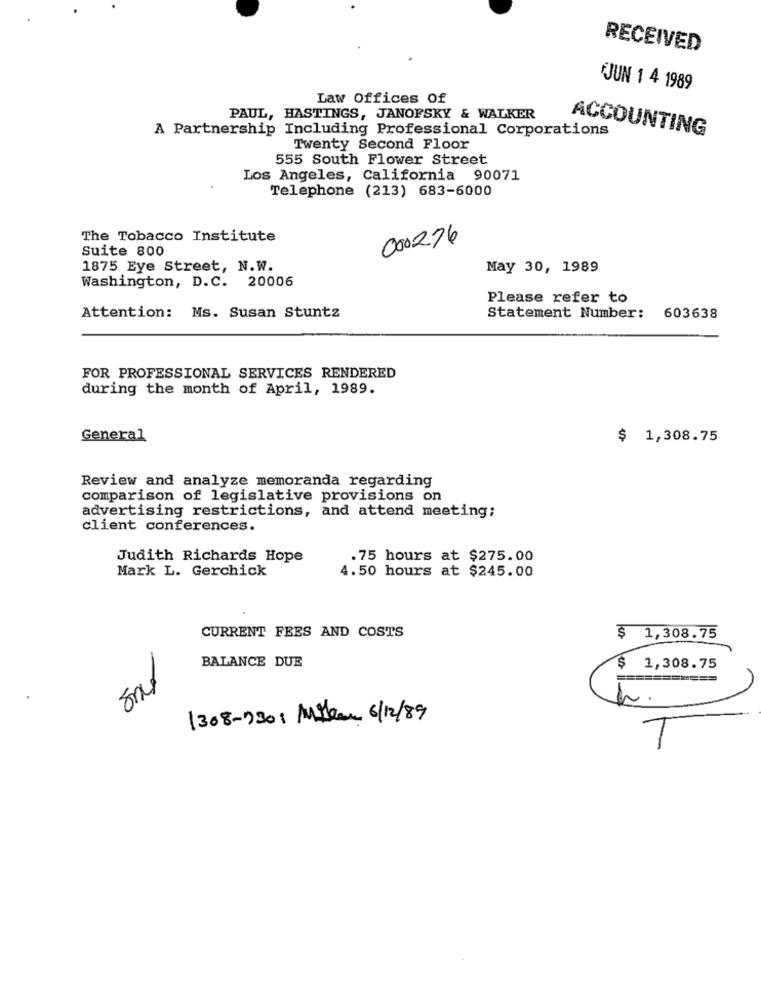
RECEIVED
JUN 1 4 1989
Law Offices Of
PAUL, HASTINGS, JANOFSKY & WALKER
A Partnership Including Professional Corporations
ACCOUNTING
Twenty Second Floor
555 South Flower Street
Los Angeles, California 90071
Telephone (213) 683-6000
The Tobacco Institute
000276
Suite 800
1875 Eye Street, N.W.
May 30, 1989
Washington, D.C. 20006
Please refer to
Attention: Ms. Susan Stuntz
Statement Number: 603638
FOR PROFESSIONAL SERVICES RENDERED
during the month of April, 1989.
General
$ 1,308.75
Review and analyze memoranda regarding
comparison of legislative provisions on
advertising restrictions, and attend meeting;
client conferences.
Judith Richards Hope
.75 hours at $275.00
Mark L. Gerchick
4.50 hours at $245.00
CURRENT FEES AND COSTS
1,308.75
BALANCE DUE
1,308.75
=====
1308-330: Milan 6/12/89